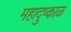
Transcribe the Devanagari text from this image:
महादुष्काळ